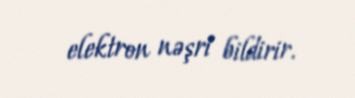
elektron nəşri bildirir.